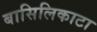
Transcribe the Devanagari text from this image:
बासिलिकाटा